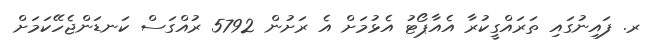
ރ. ފައިނުގައި ތަރައްގީކުރާ އެއާޕޯޓު އެޅުމަށް އެ ރަށުން 5792 ރުއްގަސް ކަނޑަންޖެހޭކަމަށް